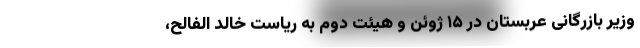
وزیر بازرگانی عربستان در ۱۵ ژوئن و هیئت دوم به ریاست خالد الفالح،